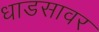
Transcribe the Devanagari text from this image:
धाडसावर